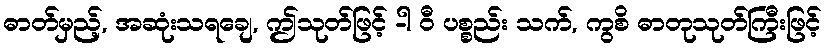
ဓာတ်မှည့်, အဆုံးသရချေ, ဤသုတ်ဖြင့် -ါ ဝီ ပစ္စည်း သက်, ကွစိ ဓာတုသုတ်ကြီးဖြင့်